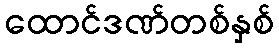
ထောင်ဒဏ်တစ်နှစ်